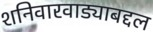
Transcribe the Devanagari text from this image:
शनिवारवाड्याबद्दल